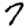
Digit: 7